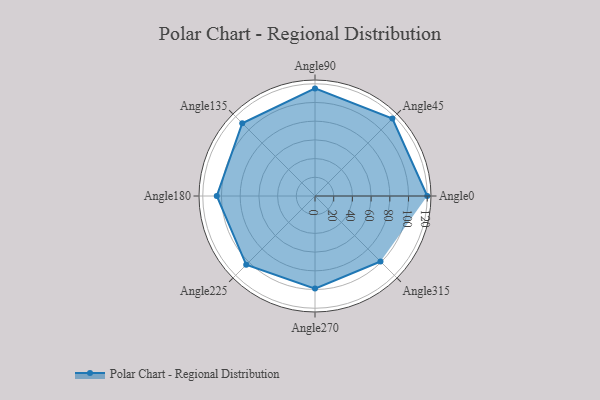
{"axis": {"x": "Angle", "y": "Radius"}, "legend": [""], "data": [{"x": "Angle0", "y": 120.0, "type": ""}, {"x": "Angle45", "y": 117.0, "type": ""}, {"x": "Angle90", "y": 115.0, "type": ""}, {"x": "Angle135", "y": 110.0, "type": ""}, {"x": "Angle180", "y": 105.0, "type": ""}, {"x": "Angle225", "y": 104.0, "type": ""}, {"x": "Angle270", "y": 99.0, "type": ""}, {"x": "Angle315", "y": 99.0, "type": ""}]}